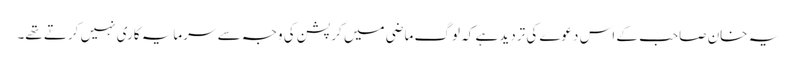
یہ خان صاحب کے اس دعوے کی تردید ہے کہ لوگ ماضی میں کرپشن کی وجہ سے سرمایہ کاری نہیں کرتے تھے۔